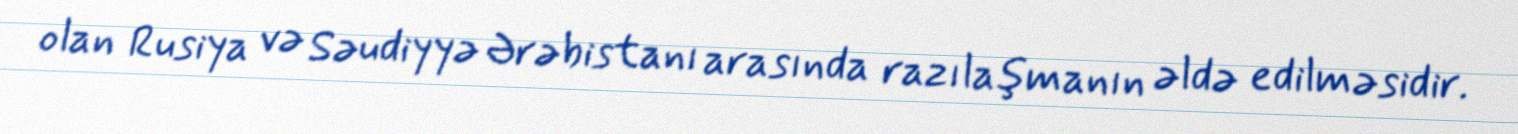
olan Rusiya və Səudiyyə Ərəbistanı arasında razılaşmanın əldə edilməsidir.